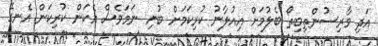
އަދި ވާރިސުންތިބިތޯ ބެލުމަށް އިއުލާނު ކުރިކަމަށް ބުނި ނަމަވެސް އެކަން ކުރިކަން އެނގޭ